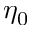
\eta _ { 0 }